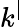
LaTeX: k^{|}